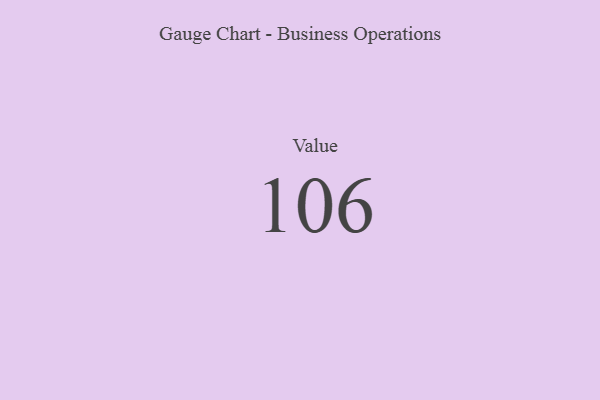
{"axis": {"x": "Metric", "y": "Value"}, "legend": [""], "data": [{"x": "Value", "y": 106, "type": ""}]}